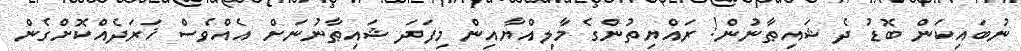
ނުބައިކަން ބޮޑު ދެ ޝައިޠާނުން! ރައްޔިތުންގެ މާލިއްޔާއިން މިފަދަ ޝައިޠާނުނަށް އެއްވެސް ޚަރަދެއްކޮށްގެން